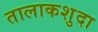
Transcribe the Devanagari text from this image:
तालाकशुदा